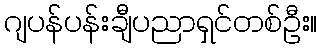
ဂျပန်ပန်းချီပညာရှင်တစ်ဦး။